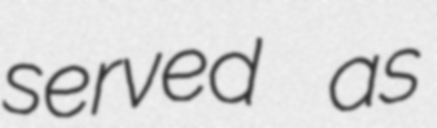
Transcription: served as